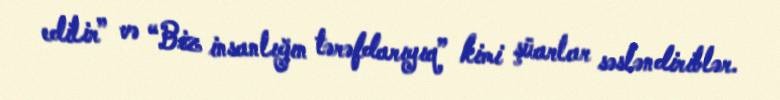
edilir” və “Biz insanlığın tərəfdarıyıq” kimi şüarlar səsləndiriblər.